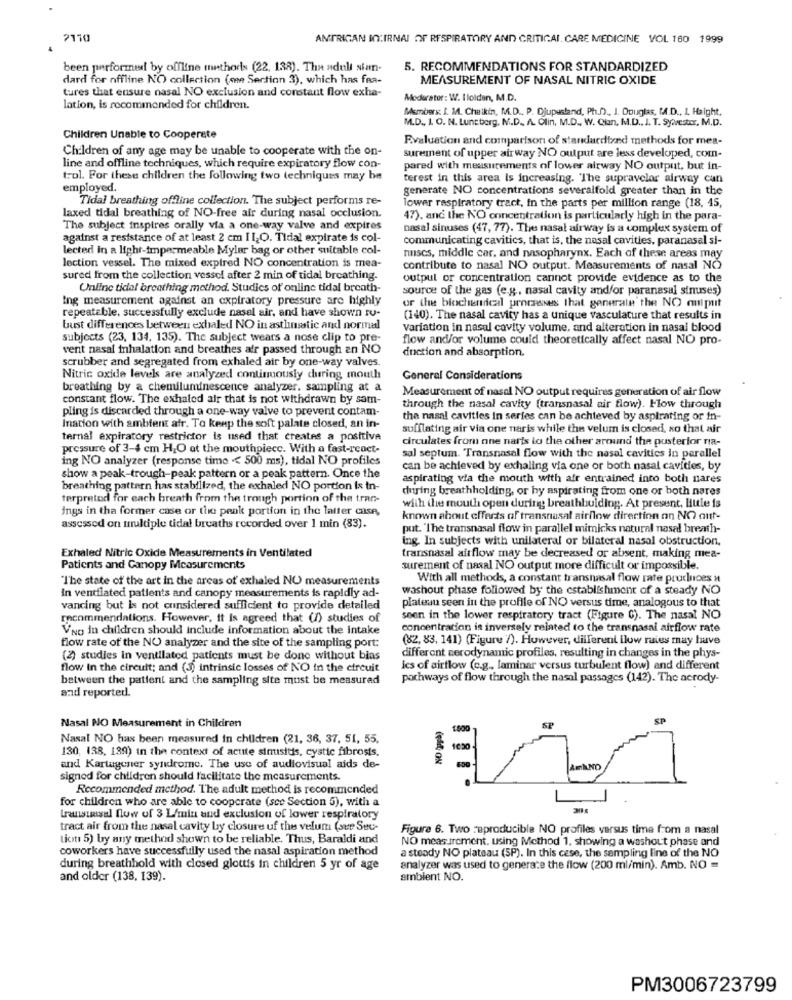
2110
ANTRICAN IN:IRNAI OF RESPIRATORY AND CRITICAL, CARE MEDICINE VOL 160 1999
been performed by offline methods (22, 138). The adult sian-
5. RECOMMENDATIONS FOR STANDARDIZED
dard for offline NO collection (me Sertinn 3), which has fra-
MEASUREMENT OF NASAL NITRIC OXIDE
tures that ensure nasal NO exclusion and constant flow exha-
Moderator: W. Ilolden, M.D.
lation, is recommended for children.
Members: I. M. Chaikin, M.D ., P. Djupusland, Ph.D), I. Douglas, M.D ., L. Haight,
M.D ., I. O. N. Luncberg, N.D ., A. Olin, M.D ., W. Qun, M.D ., J. T. Sy.vestor, M.D.
Children Unable to Cooperate
Evaluation and comparison of standardtred methods for mea-
Children of any age may be unable to cooperate with the on-
Surement of upper airway NO output are less developed, com-
line and offline techniques, which require expiratory flow con-
pared with measurements of lower airway NO output, but in-
trol. For these children the following two techniques may be
terest in this area is increasing. "The supravelor airway can
employed.
generate NO concentrations severalfold greater than in the
Tidal breathing offline collection. The subject performs re-
lower respiratory tract, in the parts per million range (18, 45,
laxed tidal breathing of NO-free air during nasal occlusion.
47). and the NO concentration is particularly high in the para-
The subject inspires orally via a one-way valve and expires
nasal sinuses (47, 77). The nasal airway is a complex system of
against a resistance of at least 2 cm II,O. Tidal expirate is col-
communicating cavitics, that is, the nasal cavities, paranasal si-
lected in a light-impermeable Mylar bag or other suitable col-
nuscs, middle car, and nasopharynx. Each of these areas may
lection vessel. The mixed expired NO concentration is mea-
contribute to nasal NO output. Measurements of nasal NO
sured from the collection vessel after 2 min of tidal breathing.
output or concentration cannot provide evidence as to the
Online tidal breathing method. Studies of online tidal breath-
source of the gas (e.g ., nasal cavity andfor paranasal sinuses)
Ing measurement against an expiratory pressure are highly
or the blochendel processes that generale the NO anipit
repeatable, successfully exclude nasal air, and have shown ru-
(140). The nasal cavity has a unique vasculature that results in
bust differences between exhaled NO in asthustic and normal
Variation in nasal cavity volume, and alteration in nasal blood
subjects (23, 134, 135). The subject wears a nose clip to pre-
flow and/or volume could theoretically affect nasal NO pro-
vent nasal inhalation and breathes afr passed through an NO
duction and absorption.
scrubber and segregated from exhaled air by one-way valves.
Nitric oxide levels are analyzed continuously during mouth
General Considerations
breathing by a chemiluminescence analyzer, sampling at a
Measurement of nasal NO output requires generation of air flow
constant flow. The exhaled air that is not withdrawn by sam-
pling is discarded through a one-way valve to prevent contam
through the nasal cavity (transnasal air flow). Flow through
the nasal cavities in series can be achieved by aspirating or in-
Ination with ambient afr. To keep the soft palate closed, an in-
sufflating air via one naris while the velum is closed, xo that air
ternal expiratory restrictor is used that creates a positive
circulates from one naris lo the other around the pusterfor na-
pressure of 3-4 cm H.O at the mouthpiece. With a fast-react-
ing NO analyzer (response time << 500 ms), tidal NO profiles
sal septum. Transnasal flow with the nasal cavities in parallel
can be achieved by exhaling via one or both nasal cavities, by
show a peak-trough-peak pattern or a peak pattern. Once the
aspirating via the mouth with air entrained into both nares
breathing pattern has stabilized, the exhaled NO portion is in-
during breathholding, or by aspirating from one or both nares
terpretod for each breath from the trough portion of the tran-
ings in tha former case or the peak portion in the latter case,
with the mouth open during breathholding. At present, Hule is
known about effects of transnasal airflow direction on NO ant-
assessed on multiple tidal breaths recorded over 1 min (83).
put. "The transnasal flow in parallel mimicks natural nasal breath-
ing. In subjects with unilateral or bilateral nasal obstruction,
Exhaled Nitric Oxide Measurements in Ventilated
transnasal aitflow may be decreased or absent, making mea-
Patients and Canopy Measurements
autrement of nasal NO output more difficult or impossible.
"The state of the art in the areas of exhaled NO measurements
With all methods, a constant transnasal flow rate pruchuces #
in ventilated patients and canopy measurements is rapidly ad-
washout phase followed by the establishment of a steady NO
plateau seen in the profile of NO versus time, analogous to that
vancing but is not considered sufficient to provide detailed
recommendations. However, it Is agreed that (/) studies of
seen in the lower respiratory tract (Figure C). The nasal NO
VNO in children should include information about the intake
concentration is inversely related to the transnasal airflow rate
(82, 83, 141) (Figure /). However, different flow rates may have
flow rate of the NO analyzer and the site of the sampling port:
(2) studies in ventilated patients must be done without bias
different aerodynamic profiles, resulting in changes in the phys-
flow In the circuit; and (3) intrinsic losses of NO in the circuit
ics of airflow (c.g ., laminar versus turbulent flow) and different
between the patient and the sampling site must be measured
pochways of flow through the nasal passages (142). The acrody-
and reported.
SP
Nasal NO Measurement in Children
1500
SP
Nasal NO has been measured in children (21, 36, 37. 51, 55.
130, 138, 139) in the context of acute sinusitis, cystic fibrosis,
1€50
and Kartagener syndrome. The use of audiovisual aids de-
AmkNO
signed for children should facilitate the measurements.
Recommended method. The adult method is recommended
for children who are able to cooperate (sce Section 5), with a
transusal flow of 3 L/min and exclusion of lower respiratory
tract air from the nasal cavity by closure uf the velum (see Suo-
Figure 6. Two reproducible NO profiles versus time from a nasal
tiot 5) by any method shown to be reliable. Thus, Baraldi and
NO measurement. using Method 1, showing a washout phase and
coworkers have successfully used the nasal aspiration method
a steady NO plateau (SP). In this cese, the sampling line of the NO
during breathhold with closed glottis in children 5 yr of age
analyzer was used to generate the flow (200 ml/min). Amb. NO =
and older (138, 139).
ambient NO.
PM3006723799